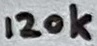
Text: 120k